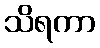
သိရကာ